Vaccination in Burma 1889-1999 - 1889-1999
Year: 1889
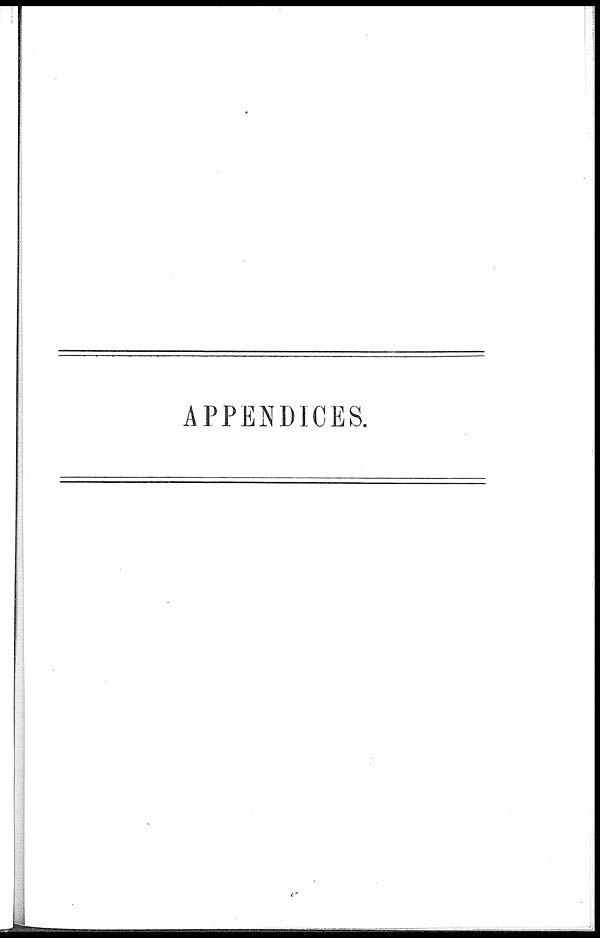
APPENDICES.